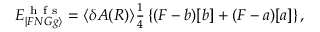
\begin{array} { r } { E _ { | F N G g \rangle } ^ { \mathrm { ~ h ~ f ~ s ~ } } = \langle \delta A ( R ) \rangle \frac { 1 } { 4 } \left\{ ( F - b ) [ b ] + ( F - a ) [ a ] \right\} , } \end{array}